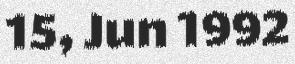
15, Jun 1992